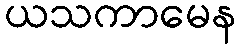
ယသကာမေန